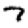
Digit: 7